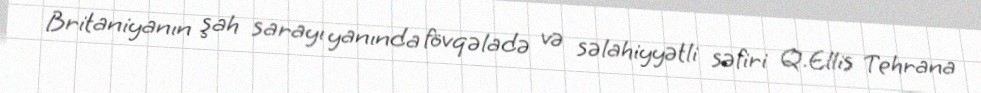
Britaniyanın şah sarayı yanında fövqəladə və səlahiyyətli səfiri Q.Ellis Tehrana